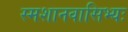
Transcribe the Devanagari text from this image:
स्मशानवासिभ्यः